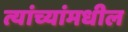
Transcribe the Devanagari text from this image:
त्यांच्यांमधील